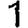
Digit: 1